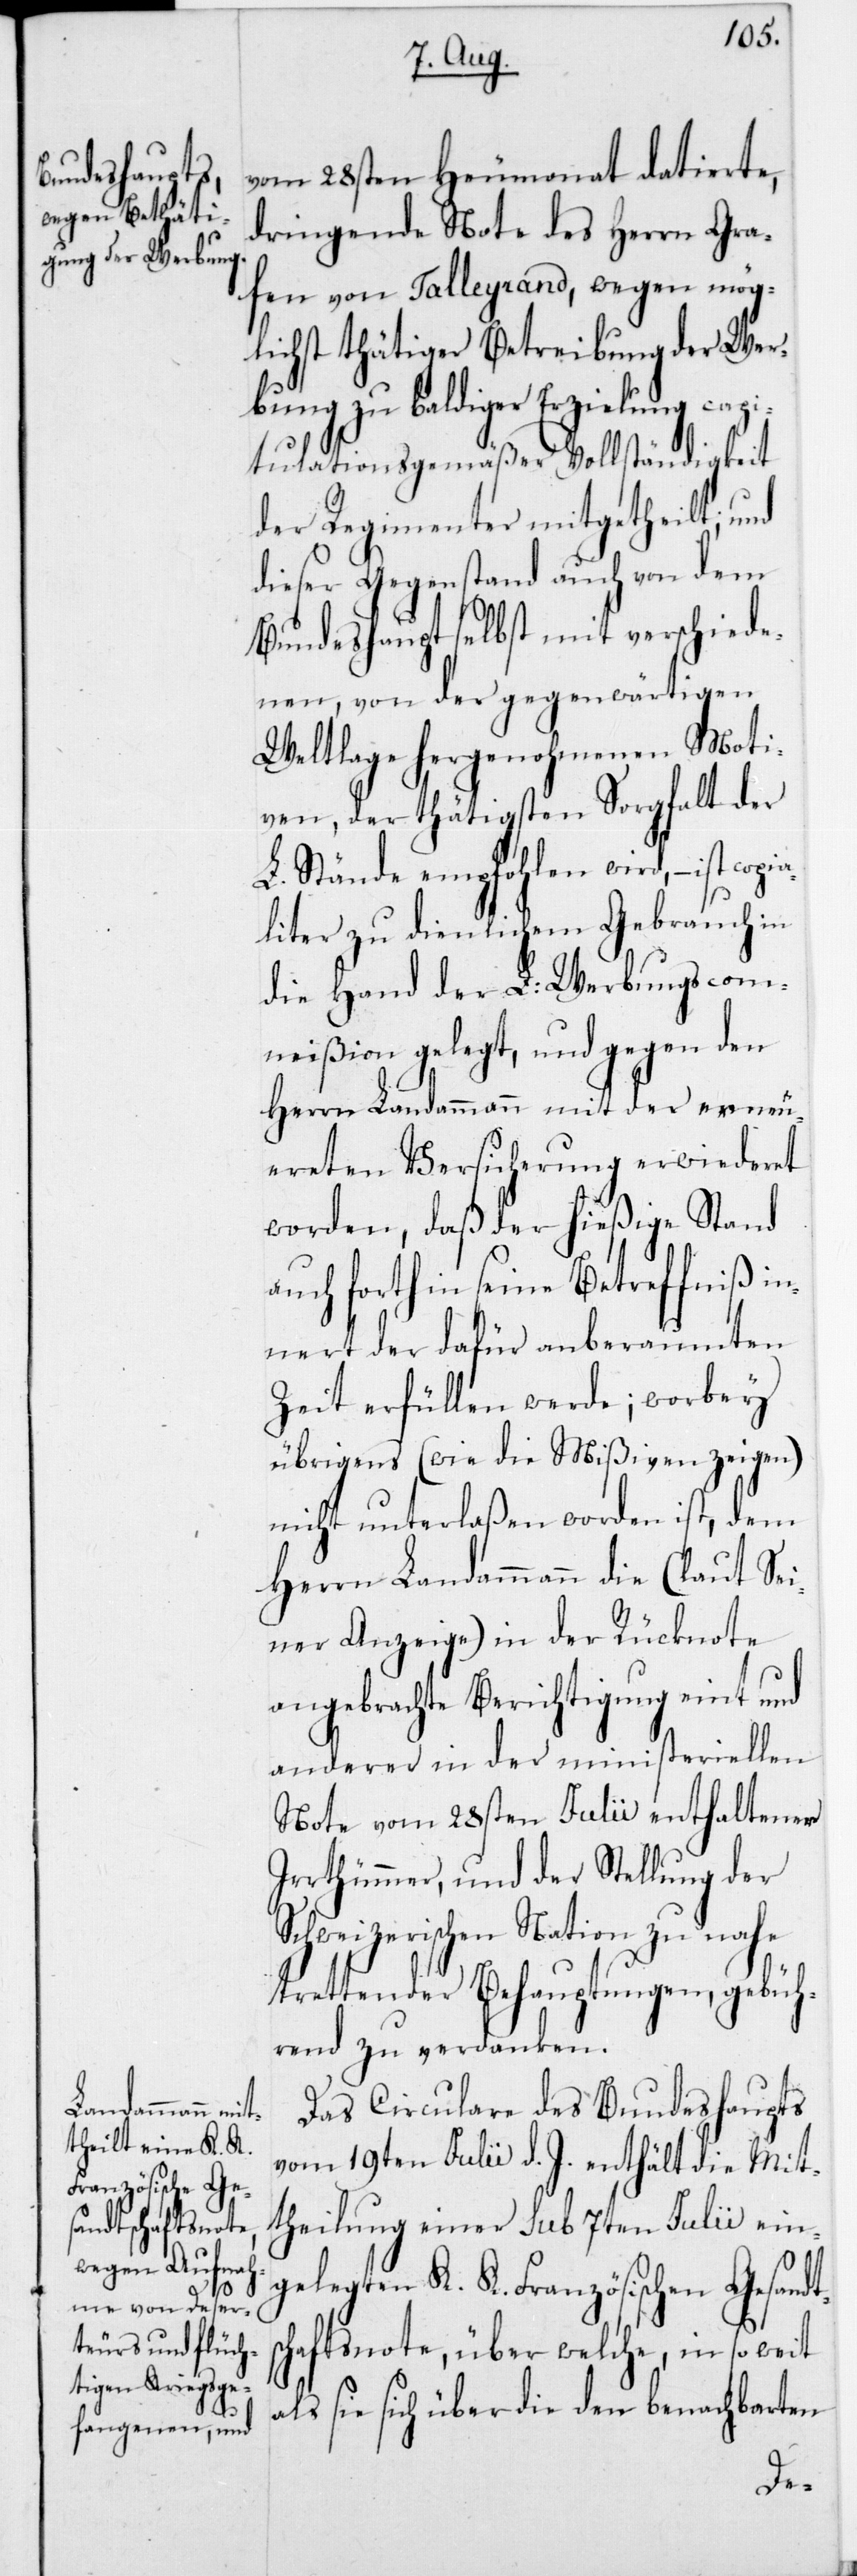
vom 28sten Heumonat datierte,
dringende Note des Herrn Gra¬
fen von Talleyrand, wegen mög¬
lichst thätiger Betreibung der Wer¬
bung zu baldiger Erzielung capi¬
tulationsgemäßer Vollständigkeit
der Regimenter mitgetheilt; und
dieser Gegenstand auch von dem
Bundeshaupt selbst mit verschiede¬
nen, von der gegenwärtigen
Weltlage hergenohmenen Moti¬
ven, der thätigsten Sorgfalt der
L. Stände empfohlen wird, – ist co¬
liter zu dienlichem Gebrauch in
die Hand der L. Werbungscom¬
mißion gelegt, und gegen den
Herrn Landammann mit der erneu¬
ereten Versicherung erwiederet
worden, daß der hießige Stand
auch forthin seine Betreffniß in¬
nert der dafür anberaumten
Zeit erfüllen werde; worbey
übrigens (wie die Mißiven zeigen)
nicht unterlaßen worden ist, dem
Herrn Landammann die (laut sei¬
ner Anzeige) in der Rücknote
angebrachte Berichtigung eint und
anderer in der ministeriellen
Note vom 28sten Julii enthaltener
Irrthümmer, und der Stellung der
Schweizerischen Nation zu nahe
trettender Behauptungen, gebüh¬
rend zu verdanken.
Das Circulare des Bundeshaupts
vom 19ten Julii d. J. enthält die Mit¬
theilung einer sub 7ten Julii ein¬
gelegten K. K. Französischen Gesand¬
chaftsnote, über welche, in so weit
als sie sich über die den benachbarten
ts¬